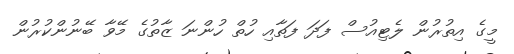
މީގެ އިތުރުން ލެޓިއުސް ފަދަ ފަތާއި ހުތް ހުންނަ ޒާތުގެ މޭވާ ބޭނުންކުރުން